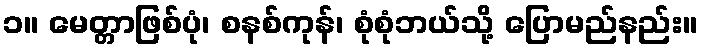
၁။ မေတ္တာဖြစ်ပုံ၊ စနစ်ကုန်၊ စုံစုံဘယ်သို့ ပြောမည်နည်း။